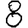
Digit: 8